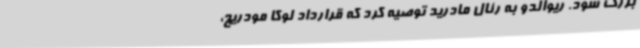
بزرگ شود. ریوالدو به رئال مادرید توصیه کرد که قرارداد لوکا مودریچ،